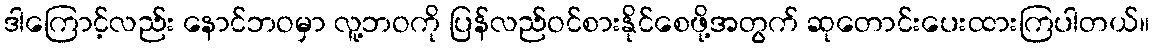
ဒါကြောင့်လည်း နောင်ဘဝမှာ လူ့ဘဝကို ပြန်လည်ဝင်စားနိုင်စေဖို့အတွက် ဆုတောင်းပေးထားကြပါတယ်။